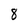
Character: 8